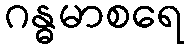
ဂန္ဓမာစရေ